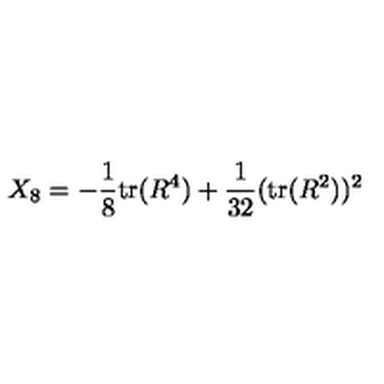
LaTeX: X _ { 8 } = - \frac { 1 } { 8 } \mathrm { t r } ( R ^ { 4 } ) + \frac { 1 } { 3 2 } ( \mathrm { t r } ( R ^ { 2 } ) ) ^ { 2 }